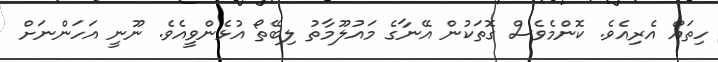
ހިތައް އެރިއެވެ. ކޮންމެވެސް ގޮތަކުން އޭނާގެ މައުލޫމާތު ލިބޭތޯ އުޅެންވީއެވެ. ނޫނީ އަހަންނަށް